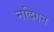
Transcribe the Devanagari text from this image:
नदिगन